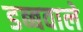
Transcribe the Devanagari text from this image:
डब्बवाले